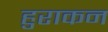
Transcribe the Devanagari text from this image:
हुराकन